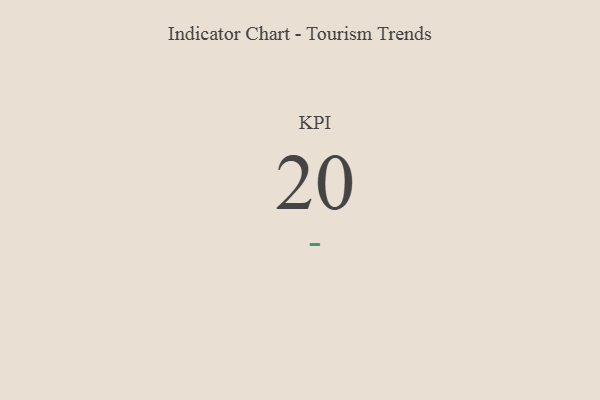
{"axis": {"x": "KPI", "y": "Value"}, "legend": [""], "data": [{"x": "KPI", "y": 20, "type": ""}]}